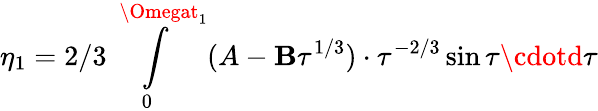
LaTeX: \eta_{1}=2/3\intop_{0}^{\Omegat_{1}}(A-\mathbf{B}\tau^{1/3})\cdot\tau^{-2/3}\sin\tau\cdotd\tau